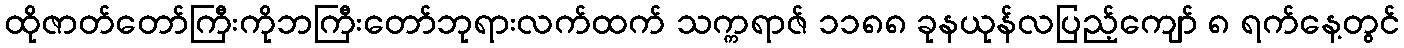
ထိုဇာတ်တော်ကြီးကိုဘကြီးတော်ဘုရားလက်ထက် သက္ကရာဇ် ၁၁၈၈ ခုနယုန်လပြည့်ကျော် ၈ ရက်နေ့တွင်